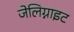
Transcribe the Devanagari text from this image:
जेलिग्नाइट